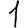
Digit: 1